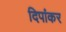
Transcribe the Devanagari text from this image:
दिपांकर